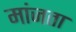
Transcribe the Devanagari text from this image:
मांजता